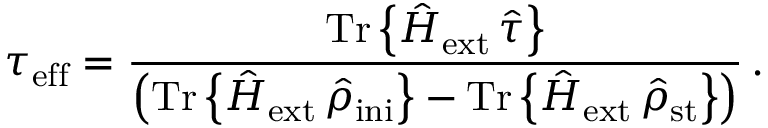
\tau _ { \mathrm { e f f } } = \frac { \mathrm { T r } \left\{ { \hat { H } } _ { \mathrm { e x t } } \, { \hat { \tau } } \right\} } { \left( \mathrm { T r } \left\{ { \hat { H } } _ { \mathrm { e x t } } \, { \hat { \rho } } _ { \mathrm { i n i } } \right\} - \mathrm { T r } \left\{ { \hat { H } } _ { \mathrm { e x t } } \, { \hat { \rho } } _ { \mathrm { s t } } \right\} \right) } \, .